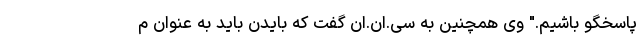
پاسخگو باشیم." وی همچنین به سی.ان.ان گفت که بایدن باید به عنوان م